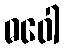
ဓဝေါ